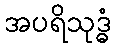
အပရိသုဒ္ဓံ